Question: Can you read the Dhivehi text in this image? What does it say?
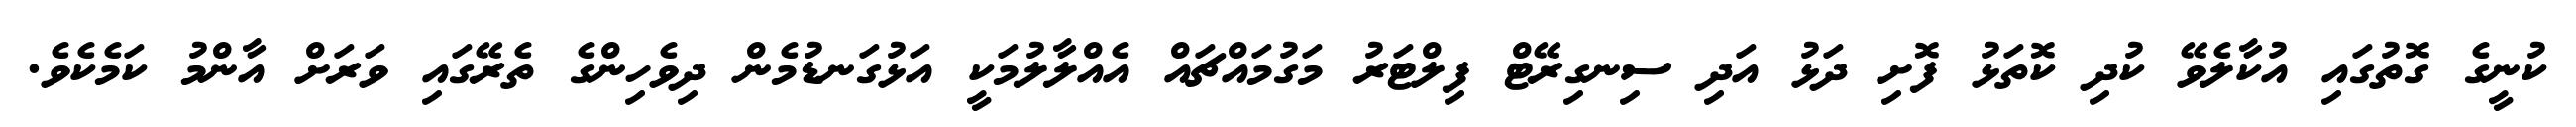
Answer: ކުނީގެ ގޮތުގައި އުކާލެވޭ ކުދި ކޮތަޅު ފޮށި ދަޅު އަދި ސިނގިރޭޓް ފިލްޓަރު މަގުމައްޗައް އެއްލާލުމަކީ އަޅުގަނޑުމެން ދިވެހިންގެ ތެރޭގައި ވަރަށް އާންމު ކަމެކެވެ.